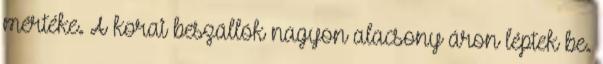
mértéke. A korai beszállók nagyon alacsony áron léptek be.